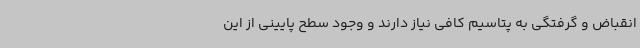
انقباض و گرفتگی به پتاسیم کافی نیاز دارند و وجود سطح پایینی از این